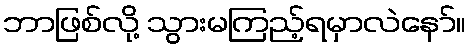
ဘာဖြစ်လို့ သွားမကြည့်ရမှာလဲနော်။